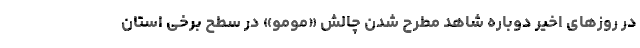
در روزهای اخیر دوباره شاهد مطرح شدن چالش «مومو» در سطح برخی استان